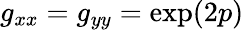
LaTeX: g_{xx}=g_{yy}=\exp(2p)